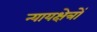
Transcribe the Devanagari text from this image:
न्यायक्षेत्रों